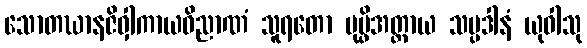
သောတဃာနဇိဝှါကာယဝိညာဏံ သူရတော ပုပ္ဖိအတ္ထာယ သမ္ပဒါနံ ယုဝါသု